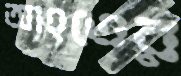
আহতের